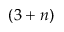
( 3 + n )